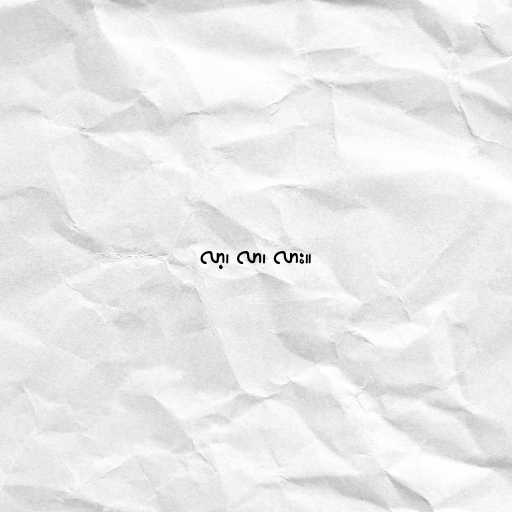
လာ့၊ လာ၊ လား။